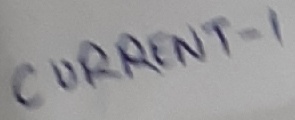
Text: CURRENT-1